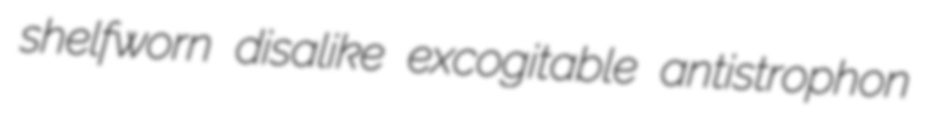
shelfworn disalike excogitable antistrophon